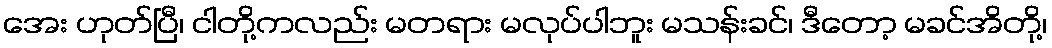
အေး ဟုတ်ပြီ၊ ငါတို့ကလည်း မတရား မလုပ်ပါဘူး မသန်းခင်၊ ဒီတော့ မခင်အိတို့၊